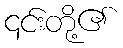
၎င်းတို့၏